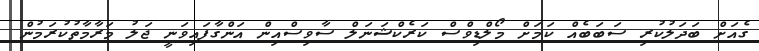
ގެއަށް ބަދަލުކުރި ސަބަބެއް ކަމަށް މޯލްޑިވްސް ކަރެކްޝަނަލް ސާވިސްއިން އަންގާފައިވަނީ ޖަލު މަރާމާތުކުރަމުން